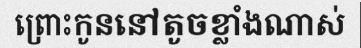
ព្រោះកូននៅតូចខ្លាំងណាស់